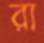
রা